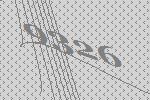
9326